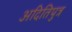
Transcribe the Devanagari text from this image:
अदितिपुत्र